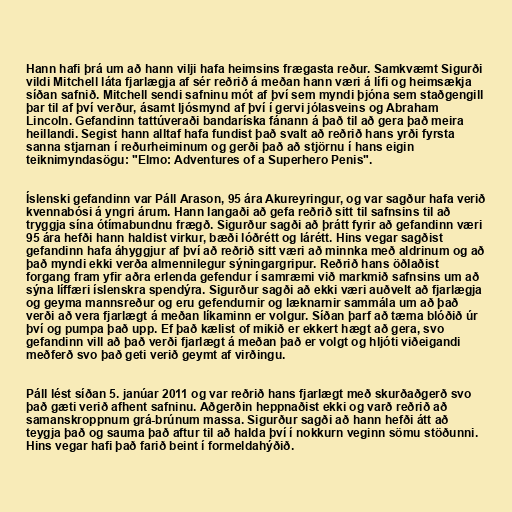
Hann hafi þrá um að hann vilji hafa heimsins frægasta reður. Samkvæmt Sigurði
vildi Mitchell láta fjarlægja af sér reðrið á meðan hann væri á lífi og heimsækja
síðan safnið. Mitchell sendi safninu mót af því sem myndi þjóna sem staðgengill
þar til af því verður, ásamt ljósmynd af því í gervi jólasveins og Abraham
Lincoln. Gefandinn tattúveraði bandaríska fánann á það til að gera það meira
heillandi. Segist hann alltaf hafa fundist það svalt að reðrið hans yrði fyrsta
sanna stjarnan í reðurheiminum og gerði það að stjörnu í hans eigin
teiknimyndasögu: "Elmo: Adventures of a Superhero Penis".

Íslenski gefandinn var Páll Arason, 95 ára Akureyringur, og var sagður hafa verið
kvennabósi á yngri árum. Hann langaði að gefa reðrið sitt til safnsins til að
tryggja sína ótímabundnu frægð. Sigurður sagði að þrátt fyrir að gefandinn væri
95 ára hefði hann haldist virkur, bæði lóðrétt og lárétt. Hins vegar sagðist
gefandinn hafa áhyggjur af því að reðrið sitt væri að minnka með aldrinum og að
það myndi ekki verða almennilegur sýningargripur. Reðrið hans öðlaðist
forgang fram yfir aðra erlenda gefendur í samræmi við markmið safnsins um að
sýna líffæri íslenskra spendýra. Sigurður sagði að ekki væri auðvelt að fjarlægja
og geyma mannsreður og eru gefendurnir og læknarnir sammála um að það
verði að vera fjarlægt á meðan líkaminn er volgur. Síðan þarf að tæma blóðið úr
því og pumpa það upp. Ef það kælist of mikið er ekkert hægt að gera, svo
gefandinn vill að það verði fjarlægt á meðan það er volgt og hljóti viðeigandi
meðferð svo það geti verið geymt af virðingu.

Páll lést síðan 5. janúar 2011 og var reðrið hans fjarlægt með skurðaðgerð svo
það gæti verið afhent safninu. Aðgerðin heppnaðist ekki og varð reðrið að
samanskroppnum grá-brúnum massa. Sigurður sagði að hann hefði átt að
teygja það og sauma það aftur til að halda því í nokkurn veginn sömu stöðunni.
Hins vegar hafi það farið beint í formeldahýðið.